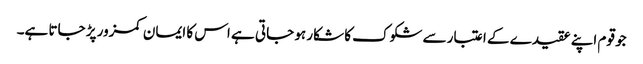
جو قوم اپنے عقیدے کے اعتبار سے شکوک کا شکار ہو جاتی ہے اس کا ایمان کمزور پڑ جاتا ہے۔